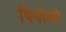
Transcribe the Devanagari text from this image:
पिपोलो